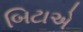
બિટાએ